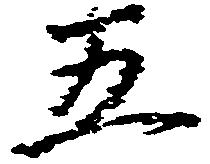
五